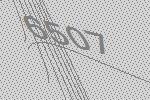
6507